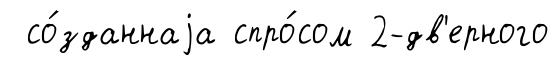
со́зданнаjа спро́сом 2-дв'ерного